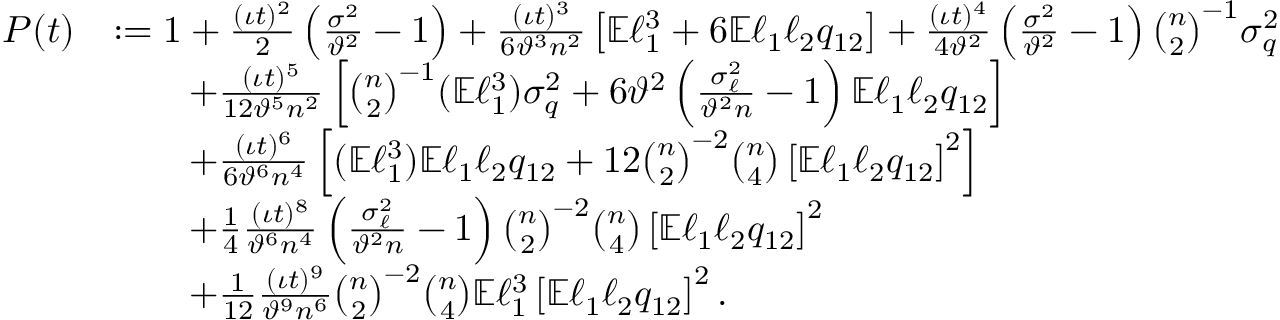
\begin{array} { r l } { P ( t ) } & { : = 1 + \frac { ( \iota t ) ^ { 2 } } { 2 } \left( \frac { \sigma ^ { 2 } } { \vartheta ^ { 2 } } - 1 \right) + \frac { ( \iota t ) ^ { 3 } } { 6 \vartheta ^ { 3 } n ^ { 2 } } \left[ \mathbb { E } \ell _ { 1 } ^ { 3 } + 6 \mathbb { E } \ell _ { 1 } \ell _ { 2 } q _ { 1 2 } \right] + \frac { ( \iota t ) ^ { 4 } } { 4 \vartheta ^ { 2 } } \left( \frac { \sigma ^ { 2 } } { \vartheta ^ { 2 } } - 1 \right) \binom { n } { 2 } ^ { - 1 } \sigma _ { q } ^ { 2 } } \\ & { \qquad + \frac { ( \iota t ) ^ { 5 } } { 1 2 \vartheta ^ { 5 } n ^ { 2 } } \left[ \binom { n } { 2 } ^ { - 1 } ( \mathbb { E } \ell _ { 1 } ^ { 3 } ) \sigma _ { q } ^ { 2 } + 6 \vartheta ^ { 2 } \left( \frac { \sigma _ { \ell } ^ { 2 } } { \vartheta ^ { 2 } n } - 1 \right) \mathbb { E } \ell _ { 1 } \ell _ { 2 } q _ { 1 2 } \right] } \\ & { \qquad + \frac { ( \iota t ) ^ { 6 } } { 6 \vartheta ^ { 6 } n ^ { 4 } } \left[ ( \mathbb { E } \ell _ { 1 } ^ { 3 } ) \mathbb { E } \ell _ { 1 } \ell _ { 2 } q _ { 1 2 } + 1 2 \binom { n } { 2 } ^ { - 2 } \binom { n } { 4 } \left[ \mathbb { E } \ell _ { 1 } \ell _ { 2 } q _ { 1 2 } \right] ^ { 2 } \right] } \\ & { \qquad + \frac { 1 } { 4 } \frac { ( \iota t ) ^ { 8 } } { \vartheta ^ { 6 } n ^ { 4 } } \left( \frac { \sigma _ { \ell } ^ { 2 } } { \vartheta ^ { 2 } n } - 1 \right) \binom { n } { 2 } ^ { - 2 } \binom { n } { 4 } \left[ \mathbb { E } \ell _ { 1 } \ell _ { 2 } q _ { 1 2 } \right] ^ { 2 } } \\ & { \qquad + \frac { 1 } { 1 2 } \frac { ( \iota t ) ^ { 9 } } { \vartheta ^ { 9 } n ^ { 6 } } \binom { n } { 2 } ^ { - 2 } \binom { n } { 4 } \mathbb { E } \ell _ { 1 } ^ { 3 } \left[ \mathbb { E } \ell _ { 1 } \ell _ { 2 } q _ { 1 2 } \right] ^ { 2 } . } \end{array}